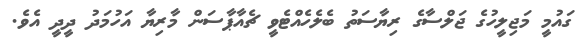
ގައުމީ މަޖިލީހުގެ ޖަލްސާގެ ރިޔާސަތު ބެލެހެއްޓެވީ ޗެއާޕާސަން މާރިޔާ އަހުމަދު ދީދީ އެވެ.